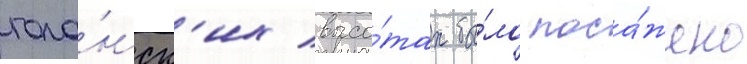
гола́нск'их высо́тах бы́ло поса́жено